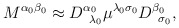
\begin{align*}M^{\alpha _{0}\beta _{0}}\approx D_{\;\;\lambda _{0}}^{\alpha _{0}}\mu^{\lambda _{0}\sigma _{0}}D_{\;\;\sigma _{0}}^{\beta _{0}}, \end{align*}